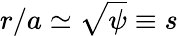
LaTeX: r/a\simeq\sqrt{\psi}\equiv s